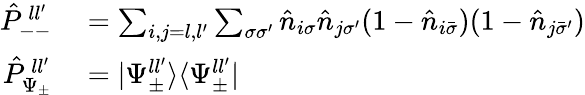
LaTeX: \begin{array}{rl}{\hat{P}_{--}^{\, ll^{\prime}}}&{{}=\sum_{i,j=l,l^{\prime}}\sum_{\sigma\sigma^{\prime}}\hat{n}_{i\sigma}\hat{n}_{j\sigma^{\prime}}(1-\hat{n}_{i\bar{\sigma}})(1-\hat{n}_{j\bar{\sigma}^{\prime}})}\\ {\hat{P}_{\Psi_{\pm}}^{\, ll^{\prime}}}&{{}=|\Psi_{\pm}^{ll^{\prime}}\rangle\langle\Psi_{\pm}^{ll^{\prime}}|}\end{array}